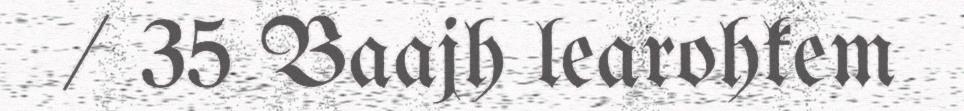
/ 35 Baajh learohkem